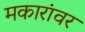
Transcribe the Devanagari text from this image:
मकारांवर